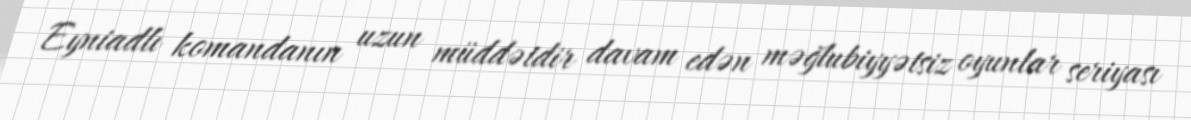
Eyniadlı komandanın uzun müddətdir davam edən məğlubiyyətsiz oyunlar seriyası